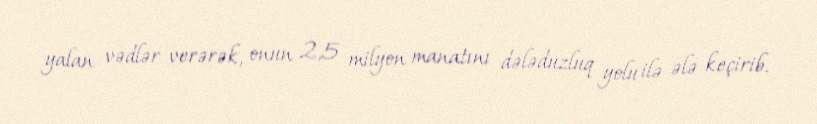
yalan vədlər verərək, onun 2,5 milyon manatını dələduzluq yolu ilə ələ keçirib.